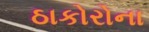
ઠાકોરોના